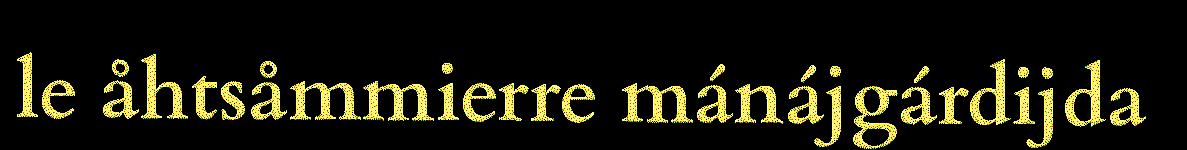
le åhtsåmmierre mánájgárdijda